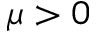
\mu > 0